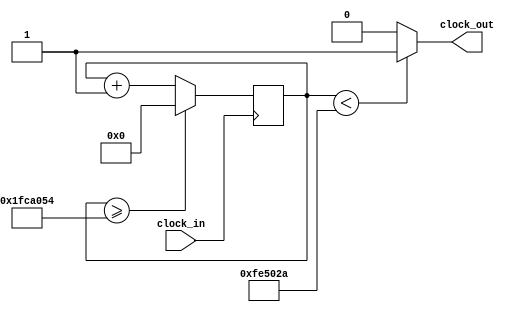
`timescale 1ns / 1ps
module compas_velocidad(
input clock_in,
output clock_out
);
reg [28:0] counter = 28'd0;
parameter frecuencia = 3;
parameter DIVISOR = 28'd100000000/frecuencia;  
always @(posedge clock_in)
begin 
counter <= counter + 28'd1;

		if (counter >= (DIVISOR - 1))
				counter <= 28'd0;
end
assign clock_out = (counter < DIVISOR/2)? 1'b1:1'b0;
endmodule